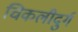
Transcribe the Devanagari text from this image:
चिकलीदुर्ग